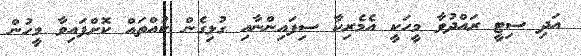
އަދި ސިޓީ ރައްދުވާ މީހަކީ އެމެރިކާ ސިފައިންނާއި ގުޅިގެން ކުއްތައް ކޮށްފައިވާ މީހުން